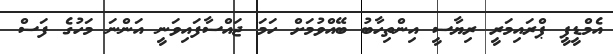
އެމްޑީޕީ ޕްރައިމަރީ ރިޔާސީ އިންތިހާބު ބޭއްވުމަށް ހަމަ ޖައްސާފައިވަނީ އަންނަ މަހުގެ ފަސް